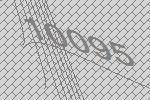
10095